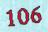
106